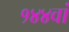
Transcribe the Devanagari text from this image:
१४४वां